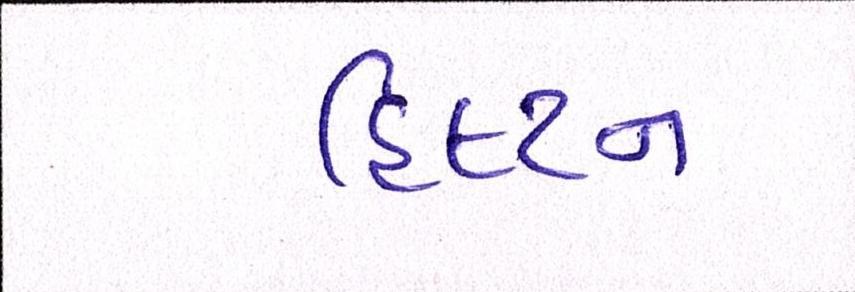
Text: હિલ્ટન